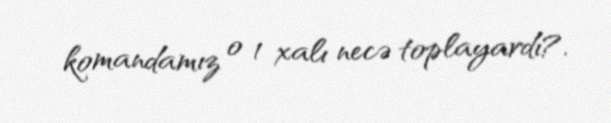
komandamız o 1 xalı necə toplayardı?.